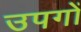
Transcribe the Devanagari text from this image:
उपगों